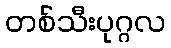
တစ်သီးပုဂ္ဂလ